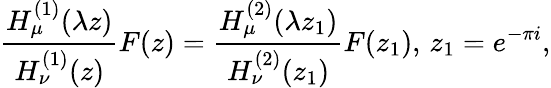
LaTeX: \frac{H_{\mu}^{(1)}(\lambda z)}{H_{\nu}^{(1)}(z)}F(z)=\frac{H_{\mu}^{(2)}(\lambda z_{1})}{H_{\nu}^{(2)}(z_{1})}F(z_{1}),\, z_{1}=e^{-\pi i},